Insane asylums in Bengal annual reports 1867-1875 - 1867-1875
Year: 1867
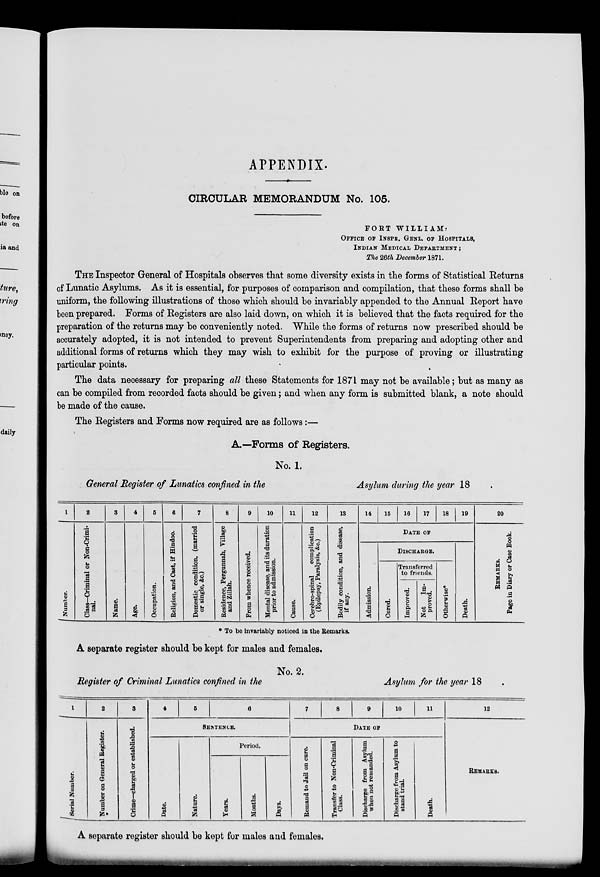
APPENDIX.
CIRCULAR MEMORANDUM No. 105.
FORT WILLIAM
:
OFFICE OF INSPR. GENL. OF HOSPITALS,
INDIAN MEDICAL DEPARTMENT;
The 26th December 1871.
THE Inspector General of Hospitals observes that some diversity exists in the forms of Statistical Returns
of Lunatic Asylums. As it is essential, for purposes of comparison and compilation, that these forms shall be
uniform, the following illustrations of those which should be invariably appended to the Annual Report have
been prepared. Forms of Registers are also laid down, on which it is believed that the facts required for the
preparation of the returns may be conveniently noted. While the forms of returns now prescribed should be
accurately adopted, it is not intended to prevent Superintendents from preparing and adopting other and
additional forms of returns which they may wish to exhibit for the purpose of proving or illustrating
particular points.
The data necessary for preparing all these Statements for 1871 may not be available ; but as many as
can be compiled from recorded facts should be given; and when any form is submitted blank, a note should
be made of the cause.
The Registers and Forms now required are as follows:—
A.—Forms of Registers.
No. 1.
General Register of Lunatics confined in the
Asylum during the year 18
1
Number.
2
Glass—Criminal or Non-Crimi-
nal.
3
Name.
4
Age.
5
Occupation.
6
Religion, and Cast, if Hindoo.
7
Domestic condition, (married
or single, &c.)
8
Residence, Pergunnah, Village
and Zillah.
9
From whence received.
10
Mental disease, and its duration
prior to admission.
11
Cause.
12
Cerebro-spinal
complication
(Epilepsy, Paralysis, &c.)
13
Bodily condition, and disease,
if any.
14
15
16
17
18
19
DATE OF
Admission.
DISCHARGED
Cured.
Transferred
to friends.
Improved.
Not
Im-
proved.
Otherwise*
Death.
20
REMARKS.
Page in Diary or Case Book.
* To be invariably noticed in the Remarks.
A separate register should be kept for males and females.
No. 2.
Register of Criminal Lunatics confined in the
Asylum for the year 18
1
Serial Number.
2
Number on General Register.
3
Crime—charged or established.
4
5
6
SENTENCE.
Date.
Nature.
Period.
Years.
Mouths.
Days.
7
8
9
10
11
DATE OF
Remand to Jail on cure.
Transfer to Non-Criminal
Class.
Discharge from Asylum
when not remanded.
Discharge from Asylum to
stand trial.
Death.
12
REMARKS.
A separate register should be kept for males and females.